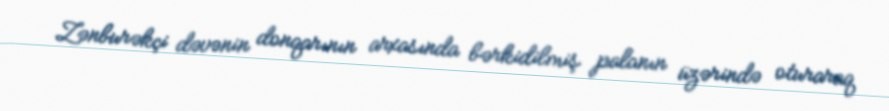
Zənburəkçi dəvənin donqarının arxasında bərkidilmiş palanın üzərində oturaraq